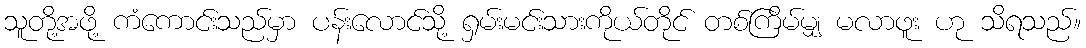
သူတို့အဖို့ ကံကောင်းသည်မှာ ပန်းလောင်သို့ ရှမ်းမင်းသားကိုယ်တိုင် တစ်ကြိမ်မျှ မလာဖူး ဟု သိရသည်။